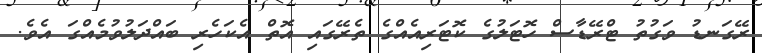
ރޭގަނޑު ވަގުތު ޓްރޭޑާސް ހޮޓަލުގެ ކޮޓަރިއެއްގެ ތެރޭގައި އޮތް އެކަހެރި ބައްދަލުވުމެއްގަ އެވެ.